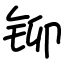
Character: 铆